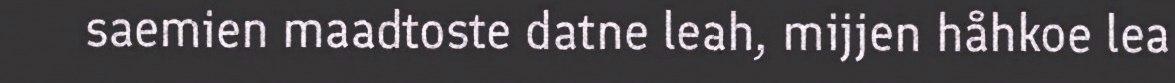
saemien maadtoste datne leah, mijjen håhkoe lea